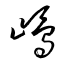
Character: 嶋